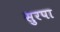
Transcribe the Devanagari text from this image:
सुरपा